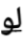
لو